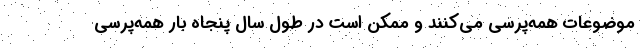
موضوعات همه‌پرسی می‌کنند و ممکن است در طول سال پنجاه بار همه‌پرسی